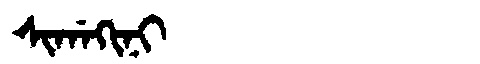
Manchu: ᠰᡳᡤᠠᡴᡳᠨᡳ
Romanization: SIGAKINI